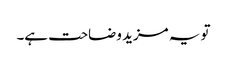
تو یہ مزید وضاحت ہے۔